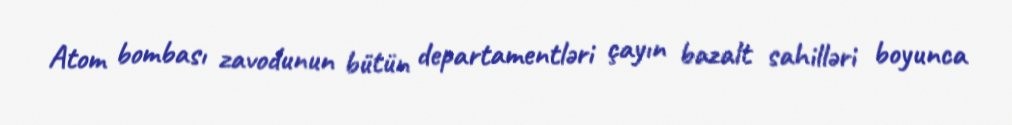
Atom bombası zavodunun bütün departamentləri çayın bazalt sahilləri boyunca